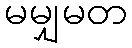
မမျှမတ